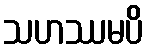
သဟဿမပိ